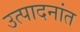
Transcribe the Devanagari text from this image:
उत्पादनांत